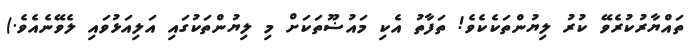
ތައްޔާރުކުރެވޭ ކުރު ލިޔުންތަކެކެވެ! ތަފާތު އެކި މައުޟޫތަކަށް މި ލިޔުންތަކުގައި އަލިއަޅުވައި ލެވޭނެއެވެ.)